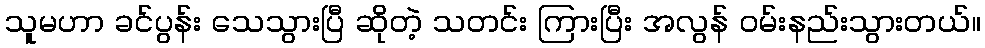
သူမဟာ ခင်ပွန်း သေသွားပြီ ဆိုတဲ့ သတင်း ကြားပြီး အလွန် ဝမ်းနည်းသွားတယ်။